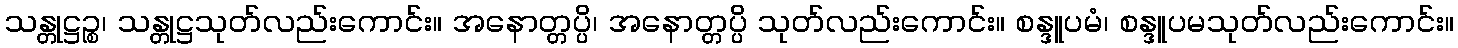
သန္တုဋ္ဌဉ္စ၊ သန္တုဋ္ဌသုတ်လည်းကောင်း။ အနောတ္တပ္ပိ၊ အနောတ္တပ္ပိ သုတ်လည်းကောင်း။ စန္ဒူပမံ၊ စန္ဒူပမသုတ်လည်းကောင်း။